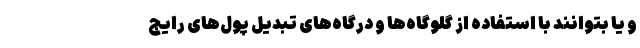
و یا بتوانند با استفاده از گلوگاه‌ها و درگاه‌های تبدیل پول‌های رایج